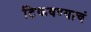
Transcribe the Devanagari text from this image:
टिकवण्याचं